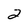
Character: 2